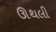
ઊથલી